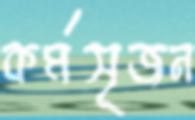
কর্মসৃজন